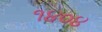
૧૪૦૪